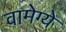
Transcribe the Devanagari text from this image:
वामेग्ये